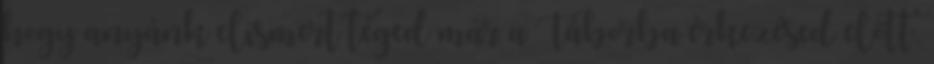
hogy anyánk elismert téged már a Táborba érkezésed előtt,